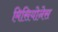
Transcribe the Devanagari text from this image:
मिसियोनेस